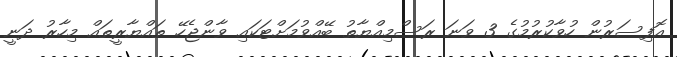
އޮފިސަރުން ހުވާކުރުމުގެ 3 ވަނަ ރަސްމިއްޔާތު ބޭއްވުމަށްޓަކައި ވާންޖެހޭ ތައްޔާރީތައް މިހާރު ދަނީ